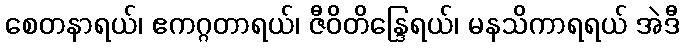
စေတနာရယ်၊ ဧကဂ္ဂတာရယ်၊ ဇီဝိတိန္ဒြေရယ်၊ မနသိကာရရယ် အဲဒီ